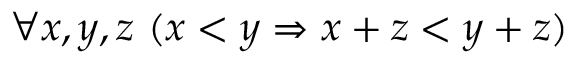
\forall x , y , z \ ( x < y \Rightarrow x + z < y + z )